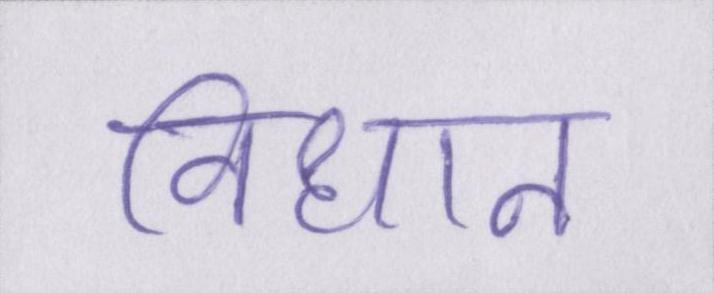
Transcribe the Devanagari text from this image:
विधान